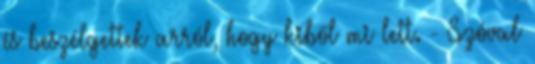
és beszélgettek arról, hogy kiből mi lett. - Szóval